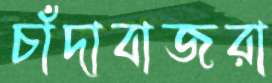
চাঁদাবাজরা